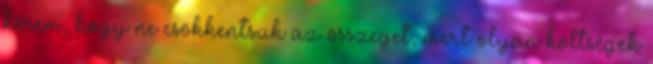
kérem, hogy ne csökkentsük az összeget, mert olyan költségek